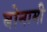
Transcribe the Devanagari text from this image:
बोनामी